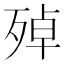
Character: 𱥏